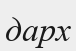
дарх